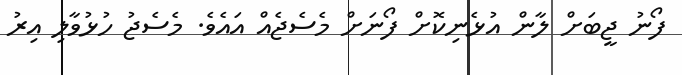
ފޯނު ޖީބަށް ލާން އުޅެނިކޮށް ފޯނަށް މެސެޖެއް އައެވެ. މެސެޖު ހުޅުވާލި އިރު